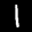
Label: 1